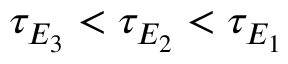
\tau _ { E _ { 3 } } < \tau _ { E _ { 2 } } < \tau _ { E _ { 1 } }